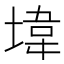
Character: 㙔